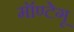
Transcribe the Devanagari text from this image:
मॉण्टेगू